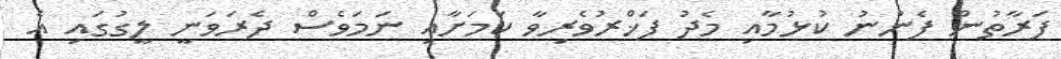
ފަރާތުން ފެނުނު ކުޅުމާއި މެދު ފަޚްރުވެރިވާ ކަމަށާއި ނަމަވެސް ދެރަވަނީ ލީގުގައި އެ